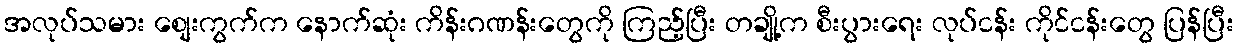
အလုပ်သမား စျေးကွက်က နောက်ဆုံး ကိန်းဂဏန်းတွေကို ကြည့်ပြီး တချို့က စီးပွားရေး လုပ်ငန်း ကိုင်ငန်းတွေ ပြန်ပြီး